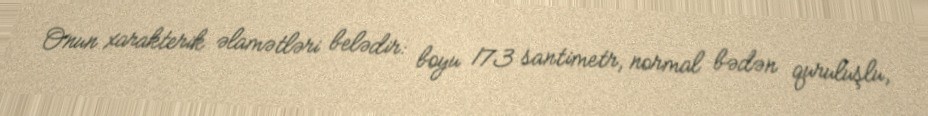
Onun xarakterik əlamətləri belədir: boyu 173 santimetr, normal bədən quruluşlu,